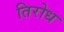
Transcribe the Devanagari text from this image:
तिरोध